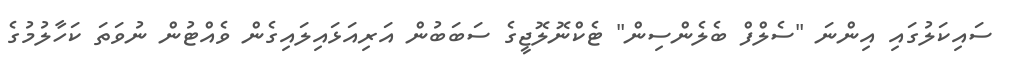
ސައިކަލުގައި އިންނަ "ސެލްފް ބެލެންސިން" ޓެކްނޮލޮޖީގެ ސަބަބުން އަރިއަޅައިލައިގެން ވެއްޓުން ނުވަތަ ކަހާލުމުގެ